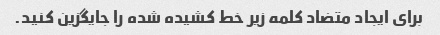
برای ایجاد متضاد کلمه زیر خط کشیده شده را جایگزین کنید.